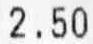
2.50